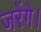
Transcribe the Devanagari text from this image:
जरेंगे।